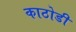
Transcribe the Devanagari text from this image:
काठोडी